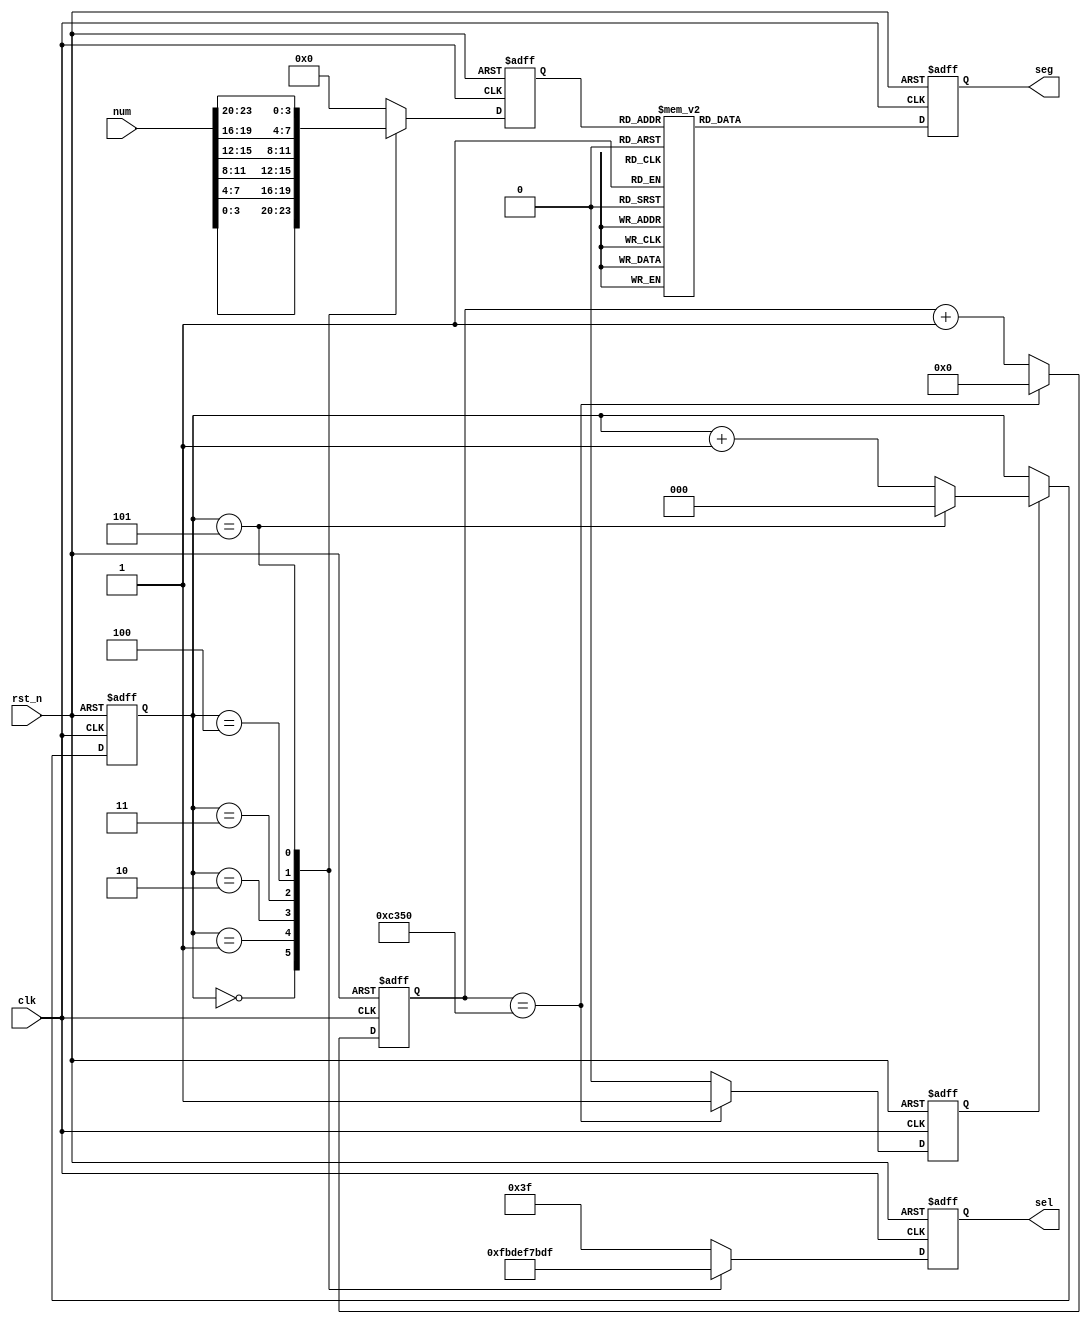
module cnt_seg_dync #(
    // stat time = stay_time * 20ns
    parameter stay_time = 16'd50_000
) (
    input clk,
    input rst_n,

    input [23:0] num,

    output reg [5:0] sel,
    output reg [7:0] seg
);

    // register
    reg [15:0] cnt;
    reg flag_stay;
    reg [2:0] cnt_sel;
    reg [3:0] num_bit;
    
    // flag generator
    always @(posedge clk, negedge rst_n) begin
        if(!rst_n) begin
            cnt <= 1'b0;
            flag_stay <= 1'b0;
        end
        else begin
            if(cnt == stay_time) begin
                cnt <= 1'b0;
                flag_stay <= 1'b1;
            end
            else begin
                cnt <= cnt + 1'b1;
                flag_stay <= 1'b0;
            end
        end
    end
    // bit switch (1ms)
    always @(posedge clk, negedge rst_n) begin
        if(!rst_n) begin
            cnt_sel <= 1'b0;
        end
        else begin
            if(flag_stay) begin
                if(cnt_sel == 3'd5) begin
                    cnt_sel <= 3'b0;
                end
                else begin
                    cnt_sel <= cnt_sel + 1'b1;
                end
            end
            else begin
                cnt_sel <= cnt_sel;
            end
        end
    end
    always @(posedge clk, negedge rst_n) begin
        if(!rst_n) begin
            sel <= 6'b111111;
            num_bit <= 1'b0;
        end
        else begin
            case(cnt_sel)
                3'd0: begin
                    sel <= 6'b111110;
                    num_bit <= num[3:0];
                end
                3'd1: begin
                    sel <= 6'b111101;
                    num_bit <= num[7:4];
                end
                3'd2: begin
                    sel <= 6'b111011;
                    num_bit <= num[11:8];
                end
                3'd3: begin
                    sel <= 6'b110111;
                    num_bit <= num[15:12];
                end
                3'd4: begin
                    sel <= 6'b101111;
                    num_bit <= num[19:16];
                end
                3'd5: begin
                    sel <= 6'b011111;
                    num_bit <= num[23:20];
                end
                default: begin
                    sel <= 6'b111111;
                    num_bit <= 1'b0;
                end
            endcase
        end
    end

    // bcd to seg
    always @(posedge clk, negedge rst_n) begin
        if(!rst_n) begin
            seg <= 8'b1100_0000;
        end
        else begin
            case(num_bit)
                4'H0: seg = 8'b1100_0000; 4'H1: seg = 8'b1111_1001;
                4'H2: seg = 8'b1010_0100; 4'H3: seg = 8'b1011_0000;
                4'H4: seg = 8'b1001_1001; 4'H5: seg = 8'b1001_0010;
                4'H6: seg = 8'b1000_0010; 4'H7: seg = 8'b1111_1000;
                4'H8: seg = 8'b1000_0000; 4'H9: seg = 8'b1001_0000;
                4'HA: seg = 8'b1000_1000; 4'HB: seg = 8'b1000_0011;
			    4'HC: seg = 8'b1100_0110; 4'HD: seg = 8'b1010_0001;
			    4'HE: seg = 8'b1000_0110; 4'HF: seg = 8'b1000_1110;
                default: seg = 8'b1111_1111;
            endcase
        end   
    end


endmodule